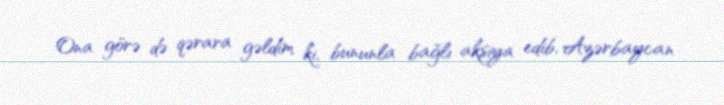
Ona görə də qərara gəldim ki, bununla bağlı aksiya edib, Azərbaycan